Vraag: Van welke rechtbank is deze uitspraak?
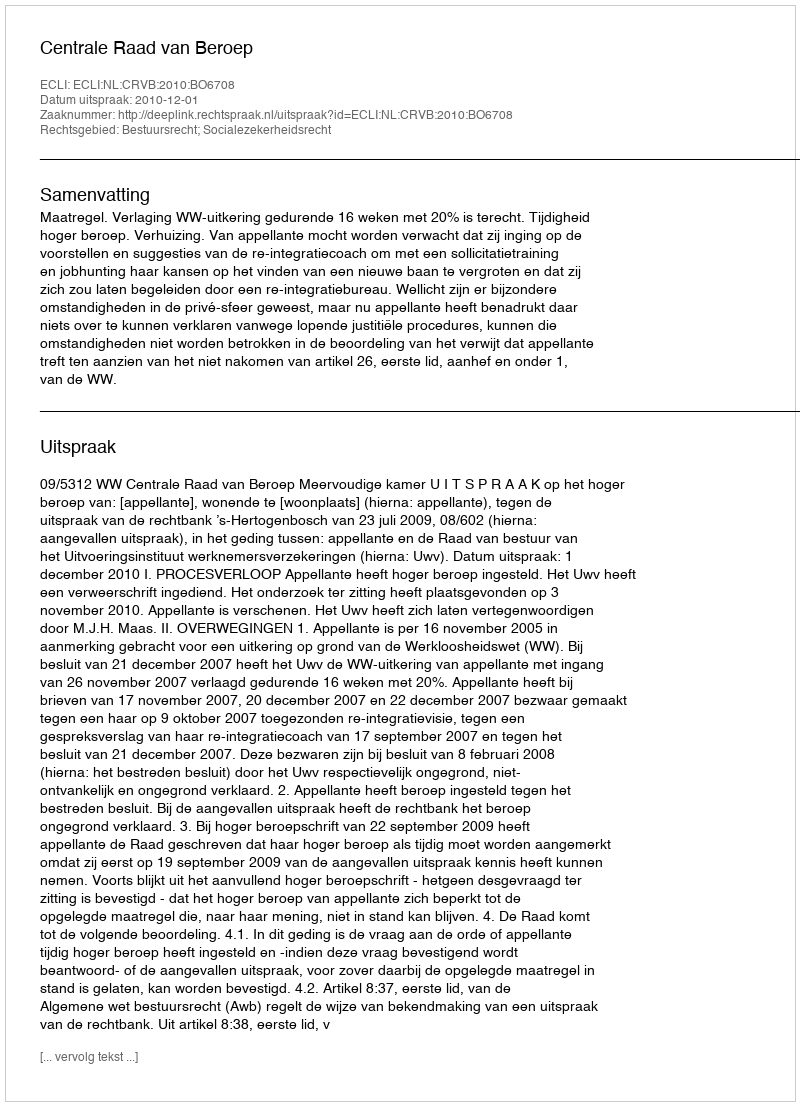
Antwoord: Centrale Raad van Beroep